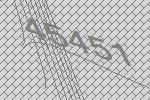
45451